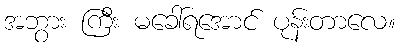
အဘွား ကြီး မခေါ်ရအောင် ပုန်းတာလေ။